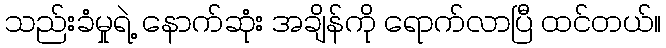
သည်းခံမှုရဲ့ နောက်ဆုံး အချိန်ကို ရောက်လာပြီ ထင်တယ်။